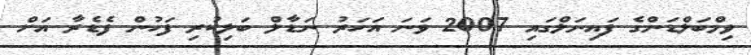
ވިމްބަލްޑަންގެ ފައިނަލްގައި 2007 ވަނަ އަހަރު ނަޑާލް ބަލިކުރި ފަހުން ފެޑެރާ އަށް